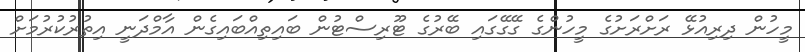
މީހުން ދިރިއުޅޭ ރަށްރަށުގެ މީހުންގެ ގޭގޭގައި ބޭރުގެ ޓޫރިސްޓުން ބައިތިއްބައިގެން އާމްދަނީ އިތުރުކުރުމަށް